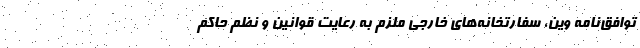
توافق‌نامه وین، سفارتخانه‌های خارجی ملزم به رعایت قوانین و نظم حاکم